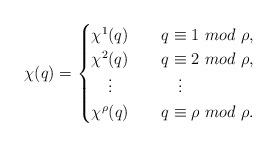
LaTeX: \begin{align*}\chi(q)=\begin{cases}\chi^1(q)\quad&q\equiv 1\ mod\ \rho,\\\chi^2(q)\quad&q\equiv 2\ mod\ \rho,\\\quad\vdots&\quad\vdots\\\chi^{\rho}(q)\quad&q\equiv \rho\ mod\ \rho.\\\end{cases}\end{align*}